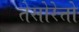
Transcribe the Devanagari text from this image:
तेसोरेत्तो